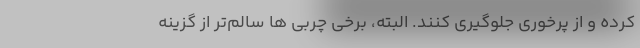
کرده و از پرخوری جلوگیری کنند. البته، برخی چربی ها سالم‌تر از گزینه